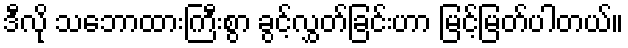
ဒီလို သဘောထားကြီးစွာ ခွင့်လွှတ်ခြင်းဟာ မြင့်မြတ်ပါတယ်။